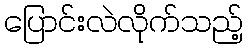
ပြောင်းလဲလိုက်သည့်